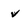
Character: v